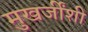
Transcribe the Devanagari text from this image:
मुखर्जींशी